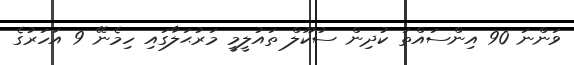
ވަންނަ 90 އިންސައްތަ ކުދިން ސުކޫލް ތައުލީމީ މަރުޙަލާގައި ހިމެނޭ 9 އަހަރުގެ